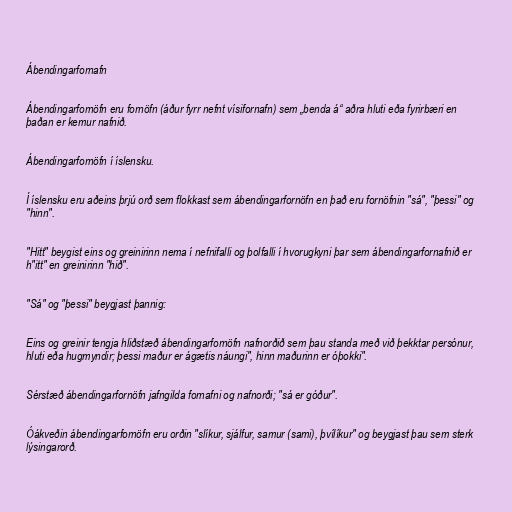
Ábendingarfornafn

Ábendingarfornöfn eru fornöfn (áður fyrr nefnt vísifornafn) sem „benda á“ aðra hluti eða fyrirbæri en
þaðan er kemur nafnið.

Ábendingarfornöfn í íslensku.

Í íslensku eru aðeins þrjú orð sem flokkast sem ábendingarfornöfn en það eru fornöfnin "sá", "þessi" og
"hinn".

"Hitt" beygist eins og greinirinn nema í nefnifalli og þolfalli í hvorugkyni þar sem ábendingarfornafnið er
h"itt" en greinirinn "hið".

"Sá" og "þessi" beygjast þannig:

Eins og greinir tengja hliðstæð ábendingarfornöfn nafnorðið sem þau standa með við þekktar persónur,
hluti eða hugmyndir; þessi maður er ágætis náungi", hinn maðurinn er óþokki".

Sérstæð ábendingarfornöfn jafngilda fornafni og nafnorði; "sá er góður".

Óákveðin ábendingarfornöfn eru orðin "slíkur, sjálfur, samur (sami), þvílíkur" og beygjast þau sem sterk
lýsingarorð.